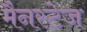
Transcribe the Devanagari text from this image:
मैनस्टेज